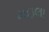
મઇલા